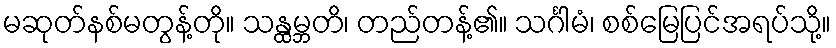
မဆုတ်နစ်မတွန့်တို။ သန္ထမ္ဘတိ၊ တည်တန့်၏။ သင်္ဂါမံ၊ စစ်မြေပြင်အရပ်သို့။